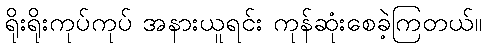
ရိုးရိုးကုပ်ကုပ် အနားယူရင်း ကုန်ဆုံးစေခဲ့ကြတယ်။